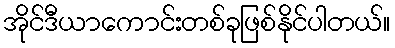
အိုင်ဒီယာကောင်းတစ်ခုဖြစ်နိုင်ပါတယ်။